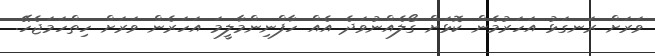
ވަރަށް ރަނގަޅު އަހަރުމެން ކޮޅަށް ގޯލެއްނުވަދެ އެއް ހާފްނިންމާލީމަ އަހަރެން ވަރަށް ހިތްހަމަޖެހޭ.